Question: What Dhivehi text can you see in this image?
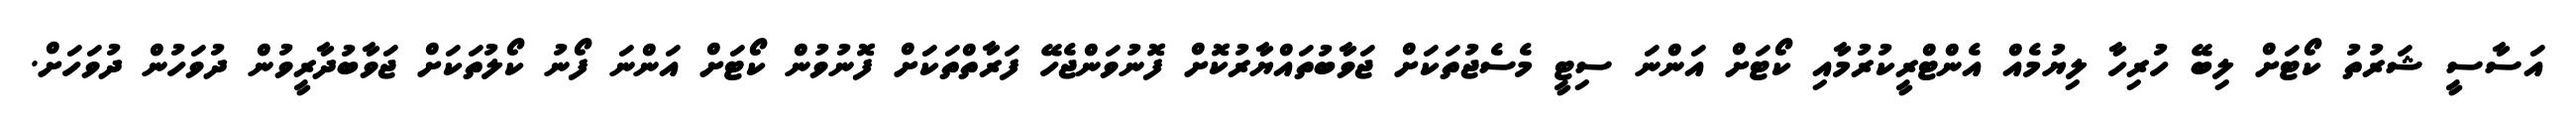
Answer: އަސާސީ ޝަރުތު ކޯޓަށް ލިބޭ ހުރިހާ ލިޔުމެއް އެންޓްރީކުރުމާއި ކޯޓަށް އަންނަ ސިޓީ މެސެޖުތަކަށް ޖަވާބުތައްޔާރުކޮށް ފޮނުވަންޖެހޭ ފަރާތްތަކަށް ފޮނުވުން ކޯޓަށް އަންނަ ފޯނު ކޯލުތަކަށް ޖަވާބުދާރީވުން ދުވަހުން ދުވަހަށް.